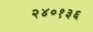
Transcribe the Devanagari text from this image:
२४०१३६